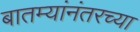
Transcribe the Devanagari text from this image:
बातम्यांनंतरच्या